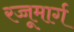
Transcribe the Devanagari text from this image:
रज्जूमार्ग